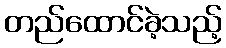
တည်ထောင်ခဲ့သည့်